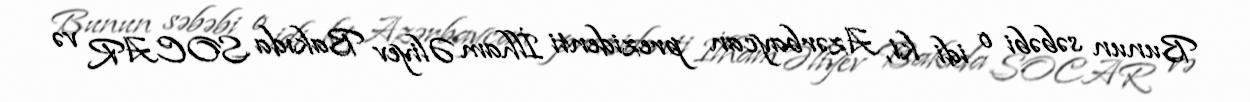
Bunun səbəbi o idi ki, Azərbaycan prezidenti İlham Əliyev Bakıda SOCAR və